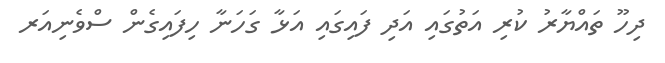
ދިހޫ ތައްޔާރު ކުރި އަތުގައި އަދި ފައިގައި އަޅާ ގަހަނާ ހިފައިގެން ސްވެނިއަރ